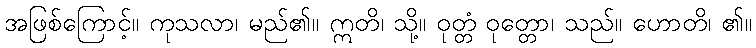
အဖြစ်ကြောင့်။ ကုသလာ၊ မည်၏။ ဣတိ၊ သို့။ ဝုတ္တံ ဝုတ္တော၊ သည်။ ဟောတိ၊ ၏။